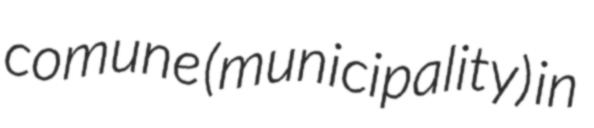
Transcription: comune (municipality) in